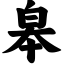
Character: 皋